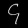
Digit: ၄